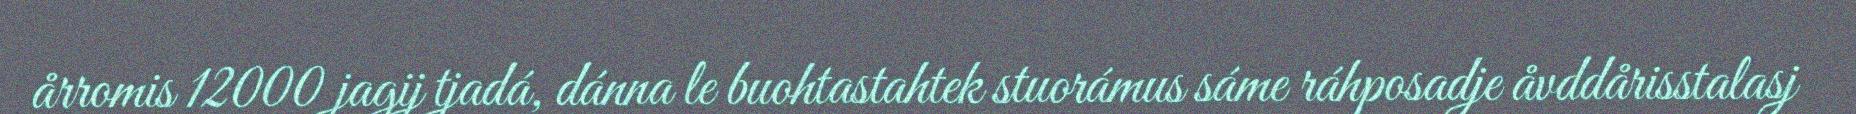
årromis 12000 jagij tjadá, dánna le buohtastahtek stuorámus sáme ráhposadje åvddårisstalasj